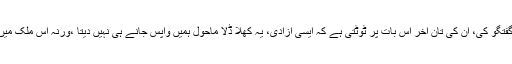
میں نے ہزاروں لوگوں سے گفتگو کی، ان کی تان آخر اس بات پر ٹوٹتی ہے کہ ایسی آزادی، یہ کھلا ڈلا ماحول ہمیں واپس جانے ہی نہیں دیتا ،ورنہ اس ملک میں ہم سے زیادہ تنگ کون ہے۔